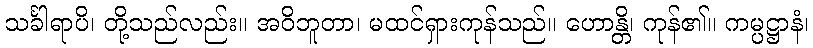
သင်္ခါရာပိ၊ တို့သည်လည်း။ အဝိဘူတာ၊ မထင်ရှားကုန်သည်။ ဟောန္တိ၊ ကုန်၏။ ကမ္ပဋ္ဌာနံ၊